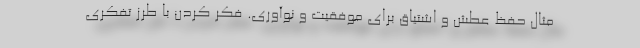
مثال حفظ عطش و اشتیاق برای موفقیت و نوآوری. فکر کردن با طرز تفکری